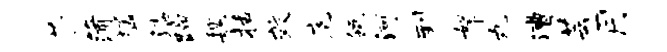
芬蒲猛漆蹄魏括效庖瓴河到帑丸漕芸月